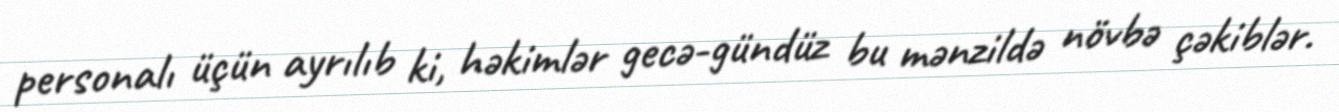
personalı üçün ayrılıb ki, həkimlər gecə-gündüz bu mənzildə növbə çəkiblər.